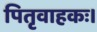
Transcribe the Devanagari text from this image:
पितृवाहकः।